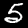
Label: 5